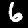
Digit: 6